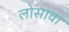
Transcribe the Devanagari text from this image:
लोसावा